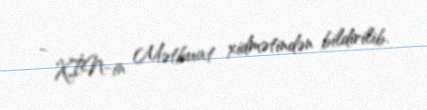
- XİN-in Mətbuat xidmətindən bildirilib.